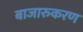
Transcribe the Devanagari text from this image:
बाजारुकरण